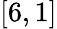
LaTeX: \left[6,1\right]